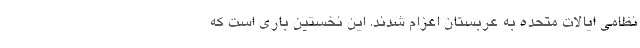
نظامی ایالات متحده به عربستان اعزام شدند. این نخستین باری است که